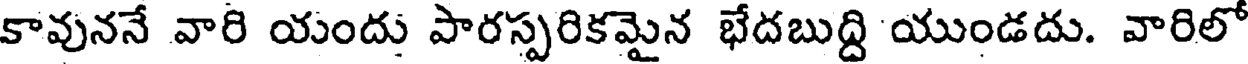
కావుననే వారి యందు పారస్పరికమైన భేదబుద్ది యుండదు. వారిలో